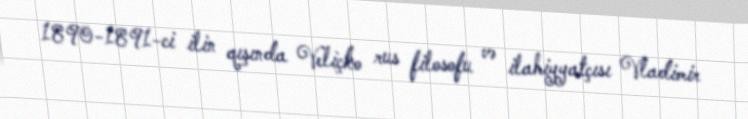
1890-1891-ci ilin qışında Veliçko rus filosofu və ilahiyyatçısı Vladimir